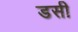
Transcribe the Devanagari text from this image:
डसी